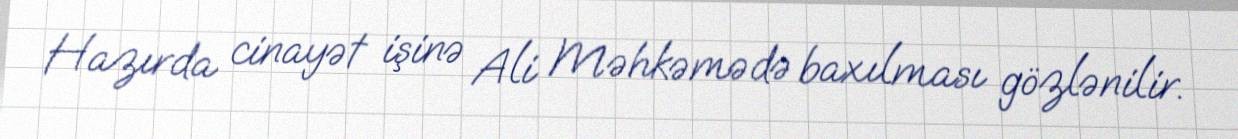
Hazırda cinayət işinə Ali Məhkəmədə baxılması gözlənilir.